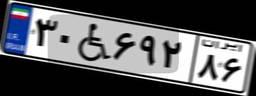
۳۰W۶۹۲۸۶